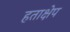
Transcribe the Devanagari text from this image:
हताक्षेप